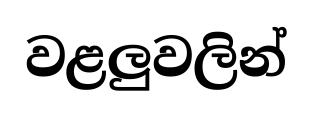
වළලුවලින්